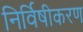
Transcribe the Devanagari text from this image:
निर्विषीकरण